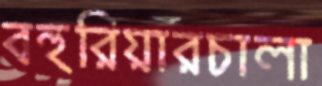
বহুরিয়ারচালা